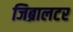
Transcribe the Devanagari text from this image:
जिब्रालटर